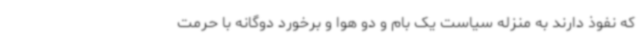
که نفوذ دارند به منزله سیاست یک بام و دو هوا و برخورد دوگانه با حرمت